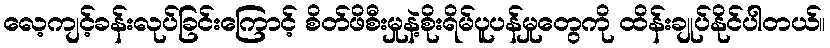
လေ့ကျင့်ခန်းလုပ်ခြင်းကြောင့် စိတ်ဖိစီးမှုနဲ့စိုးရိမ်ပူပန်မှုတွေကို ထိန်းချုပ်နိုင်ပါတယ်။